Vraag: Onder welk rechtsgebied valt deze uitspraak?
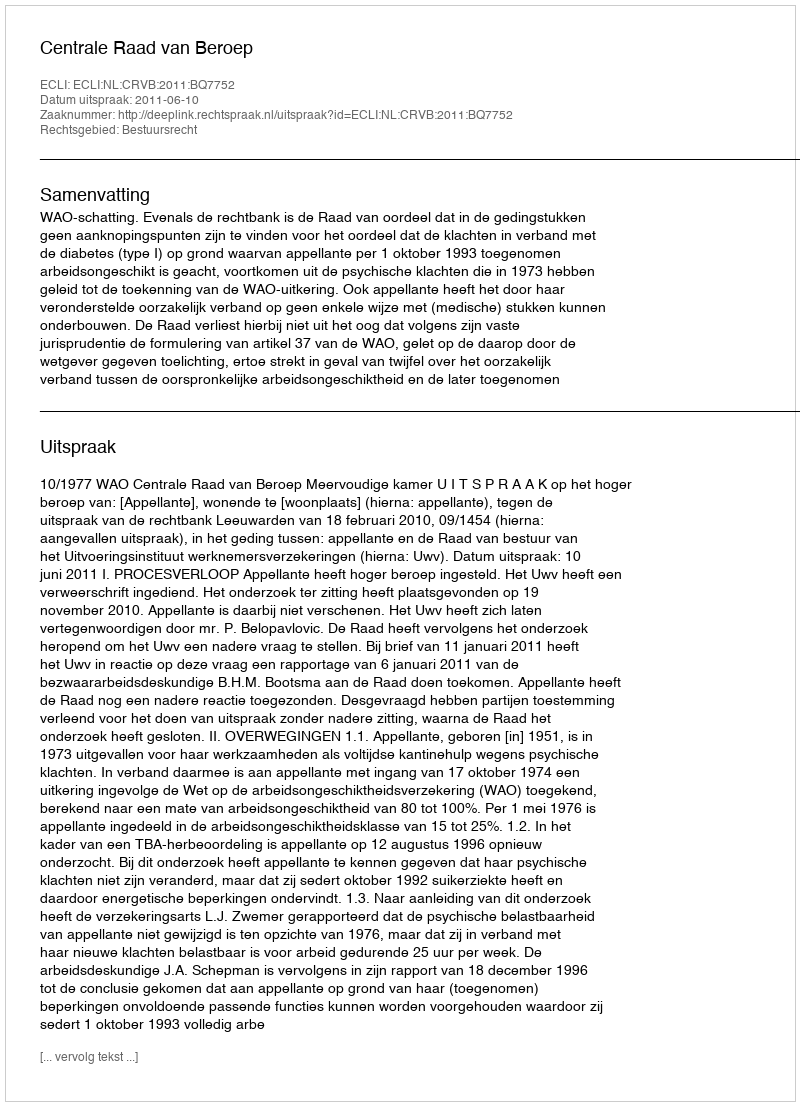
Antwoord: Bestuursrecht